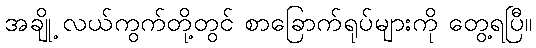
အချို့ လယ်ကွက်တို့တွင် စာခြောက်ရုပ်များကို တွေ့ရပြီ။